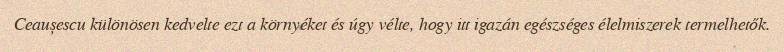
Ceaușescu különösen kedvelte ezt a környéket és úgy vélte, hogy itt igazán egészséges élelmiszerek termelhetők.